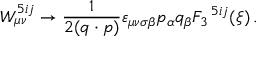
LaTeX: W _ { \mu \nu } ^ { 5 i j } \rightarrow \frac { 1 } { 2 ( q \cdot p ) } \varepsilon _ { \mu \nu \sigma \beta } p _ { \alpha } q _ { \beta } F _ { 3 } \, ^ { 5 i j } ( \xi ) \, .